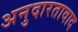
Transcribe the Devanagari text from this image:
अनुदारतावाद